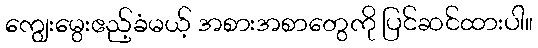
ကျွေးမွေးဧည့်ခံမယ့် အစားအစာတွေကို ပြင်ဆင်ထားပါ။